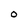
Character: O